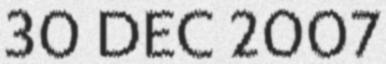
30 DEC 2007